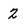
Character: 2